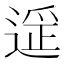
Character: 𬨶